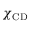
\chi _ { \mathrm { C D } }